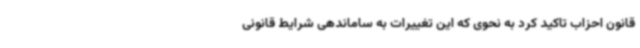
قانون احزاب تاکید کرد به نحوی که این تغییرات به ساماندهی شرایط قانونی